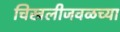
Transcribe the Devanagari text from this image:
चिखलीजवळच्या